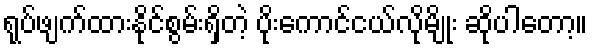
ရုပ်ဖျက်ထားနိုင်စွမ်းရှိတဲ့ ပိုးကောင်ငယ်လိုမျိုး ဆိုပါတော့။